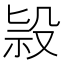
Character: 𣪑